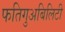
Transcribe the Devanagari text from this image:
फतिगुअबिलिटी